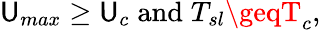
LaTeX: \mathsf{U}_{max}\geq\mathsf{U}_{c}\; \mathrm{{and}}\; T_{sl}\geqT_{c},